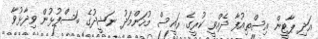
އަދި ޕާޓީން އިސްތިއުފާ ދެއްވީ ކުރީގެ ރައީސް މުހަންމަދު ނަޝީދުގެ ބަސްފުޅުން ވިދާޅުވާ